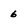
Character: 6